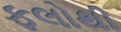
ફલોથી